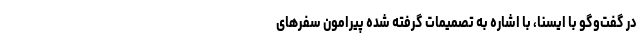
در گفت‌وگو با ایسنا، با اشاره به تصمیمات گرفته شده پیرامون سفرهای